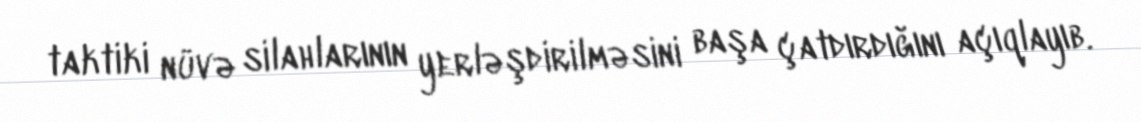
taktiki nüvə silahlarının yerləşdirilməsini başa çatdırdığını açıqlayıb.